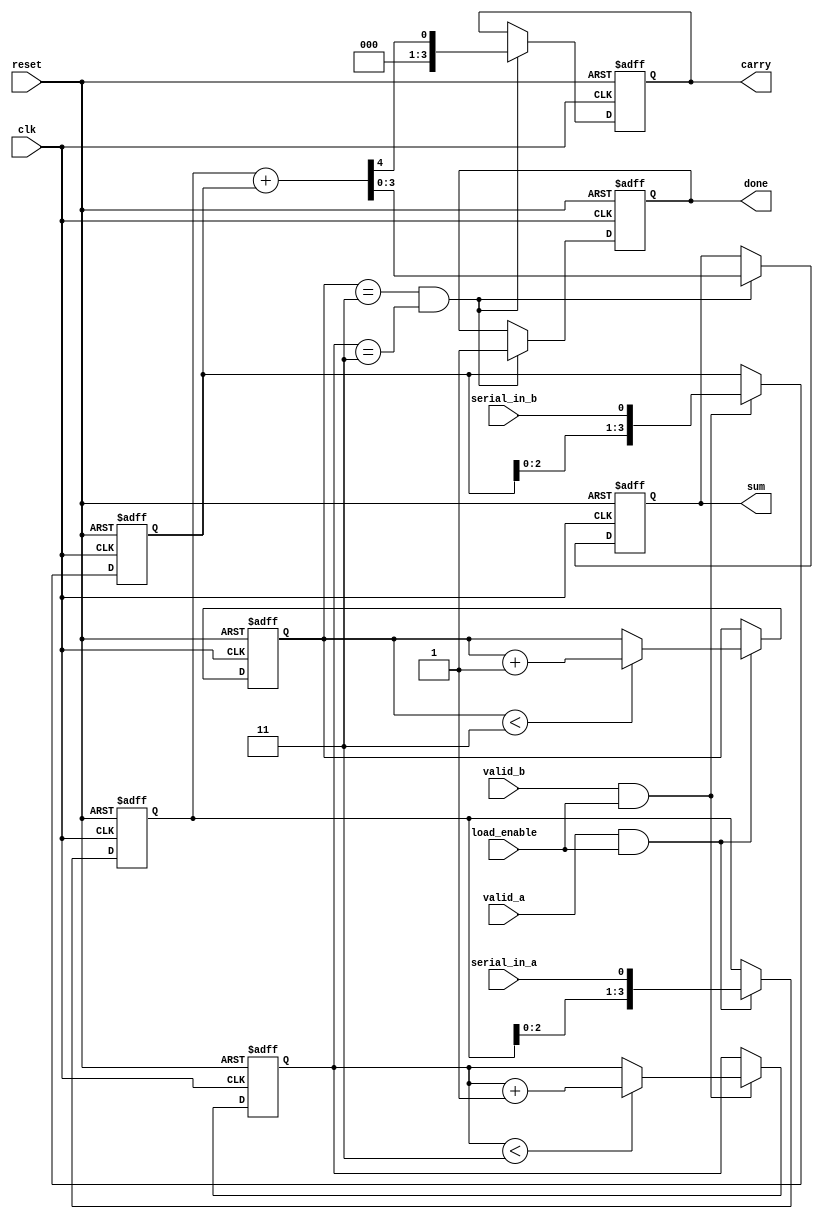
module CarrySaveAdderSerialInput(
    input clk,                // Clock signal
    input reset,              // Reset signal
    input serial_in_a,        // Serial input for operand A
    input serial_in_b,        // Serial input for operand B
    input valid_a,            // Valid signal for A input
    input valid_b,            // Valid signal for B input
    input load_enable,        // Load enable for shift registers
    output reg [3:0] sum,     // Sum output
    output reg [3:0] carry,    // Carry output
    output reg done           // Done signal after addition
);

    // Parameters
    parameter WIDTH = 4;      // Bit width of the operands

    // Shift Registers for Serial Input
    reg [WIDTH-1:0] shift_reg_a; // Shift register for operand A
    reg [WIDTH-1:0] shift_reg_b; // Shift register for operand B
    reg [2:0] count_a;          // Count for operand A bits
    reg [2:0] count_b;          // Count for operand B bits

    // CSA Logic
    reg [WIDTH-1:0] partial_sum; // Intermediate sum
    reg [WIDTH-1:0] partial_carry; // Intermediate carry

    // State machine to manage input and addition
    always @(posedge clk or posedge reset) begin
        if (reset) begin
            shift_reg_a <= 0;
            shift_reg_b <= 0;
            count_a <= 0;
            count_b <= 0;
            partial_sum <= 0;
            partial_carry <= 0;
            sum <= 0;
            carry <= 0;
            done <= 0;
        end else begin
            // Load bits into shift registers
            if (valid_a && load_enable) begin
                shift_reg_a <= {shift_reg_a[WIDTH-2:0], serial_in_a};
                if (count_a < WIDTH-1) begin
                    count_a <= count_a + 1;
                end
            end
            
            if (valid_b && load_enable) begin
                shift_reg_b <= {shift_reg_b[WIDTH-2:0], serial_in_b};
                if (count_b < WIDTH-1) begin
                    count_b <= count_b + 1;
                end
            end
            
            // Perform addition when both operands are fully loaded
            if (count_a == WIDTH-1 && count_b == WIDTH-1) begin
                done <= 1; // Indicate that addition is done

                // Carry Save Adder operation
                {partial_carry, partial_sum} = shift_reg_a + shift_reg_b;
                
                // Update final outputs
                sum <= partial_sum;
                carry <= partial_carry;
            end
        end
    end
endmodule